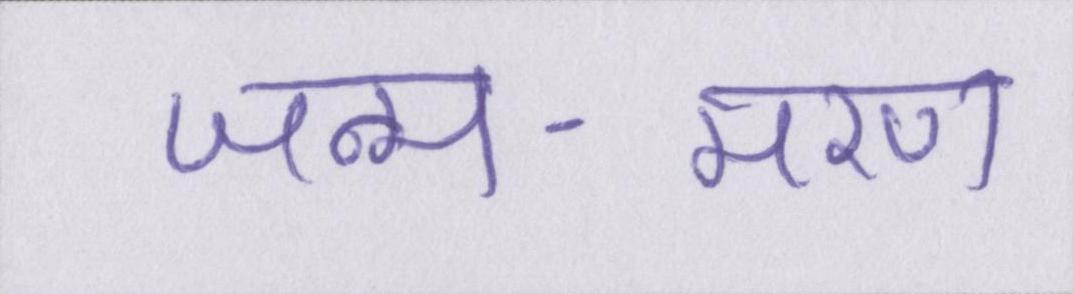
जन्म-मरण